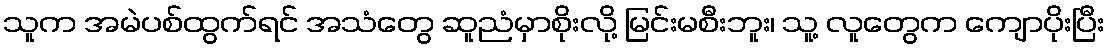
သူက အမဲပစ်ထွက်ရင် အသံတွေ ဆူညံမှာစိုးလို့ မြင်းမစီးဘူး၊ သူ့ လူတွေက ကျောပိုးပြီး